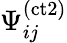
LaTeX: \Psi_{ij}^{(\mathrm{ct2})}